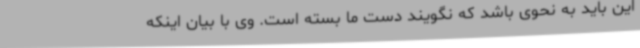
این باید به نحوی باشد که نگویند دست ما بسته است. وی با بیان اینکه